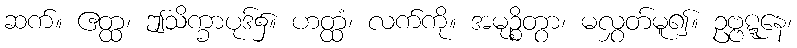
ဆက်။ ဧတ္ထ၊ ဤသိက္ခာပုဒ်၌။ ဟတ္ထံ၊ လက်ကို။ အမုဉ္စိတွာ၊ မလွှတ်မူ၍။ ဥဗ္ဗဋ္ဋနေ၊